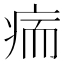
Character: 㾍